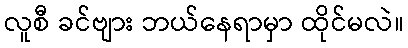
လူစီ ခင်ဗျား ဘယ်နေရာမှာ ထိုင်မလဲ။